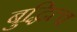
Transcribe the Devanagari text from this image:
बुद्धित्व